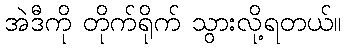
အဲဒီကို တိုက်ရိုက် သွားလို့ရတယ်။